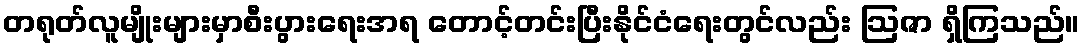
တရုတ်လူမျိုးများမှာစီးပွားရေးအရ တောင့်တင်းပြီးနိုင်ငံရေးတွင်လည်း ဩဇာ ရှိကြသည်။